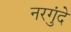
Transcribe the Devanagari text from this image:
नरगुंदे